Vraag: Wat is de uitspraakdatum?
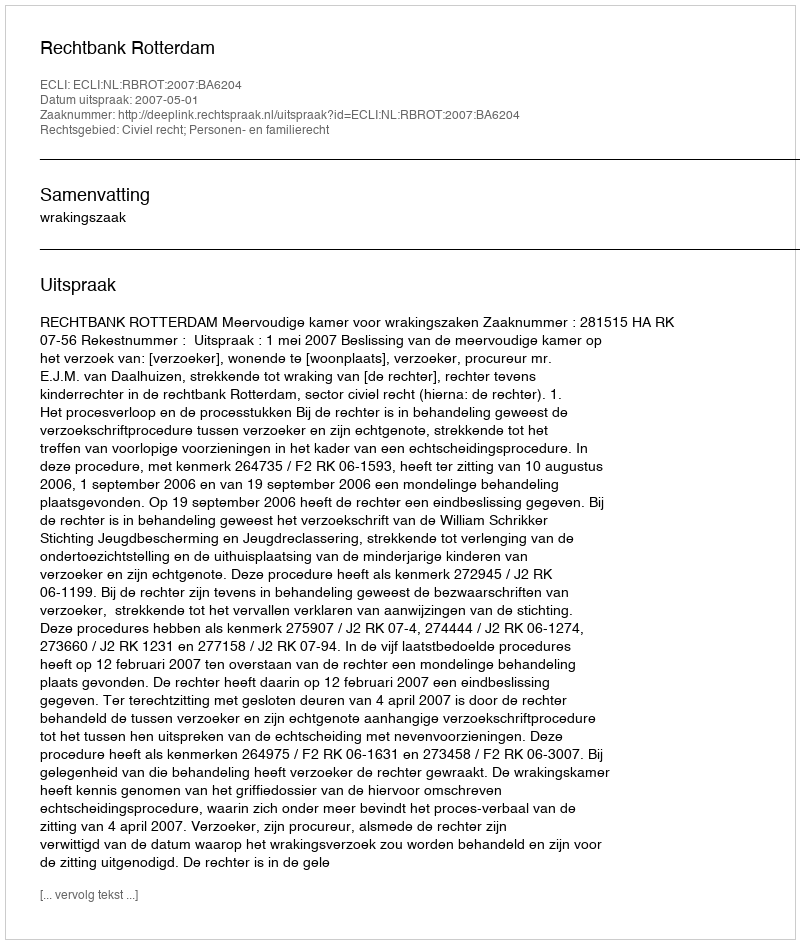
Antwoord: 2007-05-01